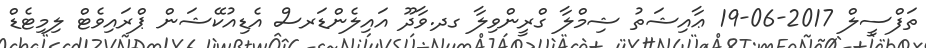
ތަފްސީލް 2017-06-19 ޢާއިޝަތު ޝިމްލާ ގްރީންވިލާ ގދ.ވާދޫ އައިލެންޑަރސް އެޑިއުކޭޝަން ޕްރައިވެޓް ލިމިޓެޑް